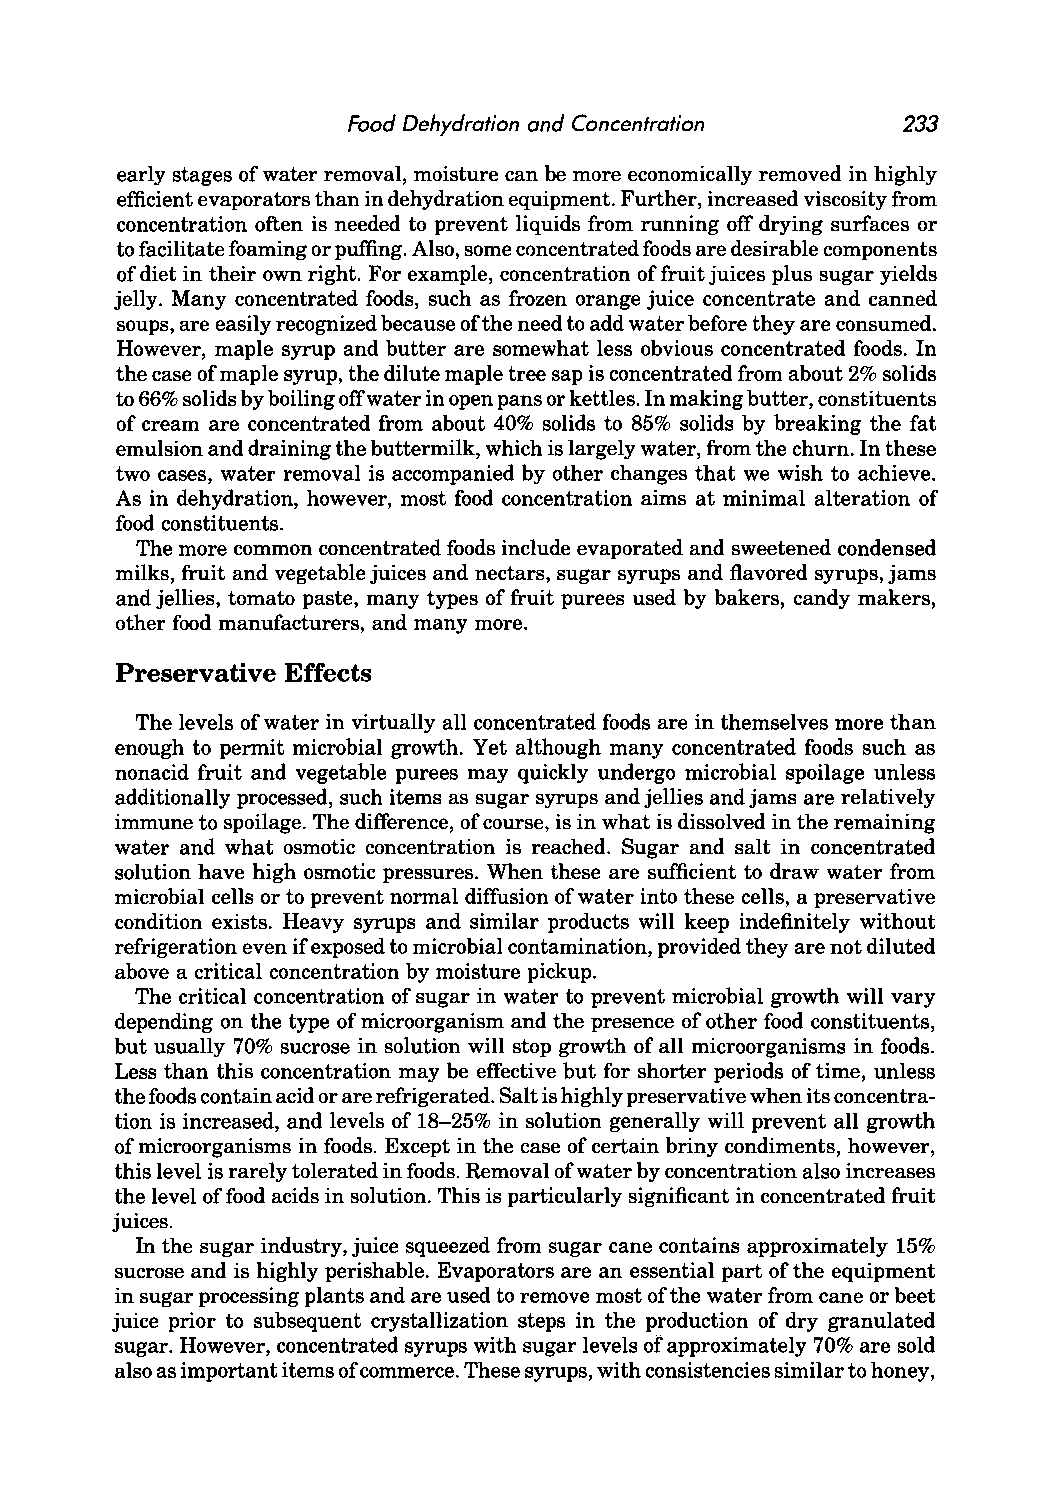
Food Dehydration and Concentration   233
 early stages of water removal, moisture can be more economically removed in highly
 efficient evaporators than in dehydration equipment. Further, increased viscosity from
 concentration often is needed to prevent liquids from running off drying surfaces or
 to facilitate foaming or puffing. Also, some concentrated foods are desirable components
 of diet in their own right. For example, concentration of fruit juices plus sugar yields
 jelly. Many concentrated foods, such as frozen orange juice concentrate and canned
 soups, are easily recognized because of the need to add water before they are consumed.
 However, maple syrup and butter are somewhat less obvious concentrated foods. In
 the case of maple syrup, the dilute maple tree sap is concentrated from about 2% solids
 to 66% solids by boiling off water in open pans or kettles. In making butter, constituents
 of cream are concentrated from about 40% solids to 85% solids by breaking the fat
 emulsion and draining the buttermilk, which is largely water, from the churn. In these
 two cases, water removal is accompanied by other changes that we wish to achieve.
 As in dehydration, however, most food concentration aims at minimal alteration of
 food constituents.
 The more common concentrated foods include evaporated and sweetened condensed
 milks, fruit and vegetable juices and nectars, sugar syrups and flavored syrups, jams
 and jellies, tomato paste, many types of fruit purees used by bakers, candy makers,
 other food manufacturers, and many more.
 Preservative Effects
 The levels of water in virtually all concentrated foods are in themselves more than
 enough to permit microbial growth. Yet although many concentrated foods such as
 nonacid fruit and vegetable purees may quickly undergo microbial spoilage unless
 additionally processed, such items as sugar syrups and jellies and jams are relatively
 immune to spoilage. The difference, of course, is in what is dissolved in the remaining
 water and what osmotic concentration is reached. Sugar and salt in concentrated
 solution have high osmotic pressures. When these are sufficient to draw water from
 microbial cells or to prevent normal diffusion of water into these cells, a preservative
 condition exists. Heavy syrups and similar products will keep indefinitely without
 refrigeration even if exposed to microbial contamination, provided they are not diluted
 above a critical concentration by moisture pickup.
 The critical concentration of sugar in water to prevent microbial growth will vary
 depending on the type of microorganism and the presence of other food constituents,
 but usually 70% sucrose in solution will stop growth of all microorganisms in foods.
 Less than this concentration may be effective but for shorter periods of time, unless
 the foods contain acid or are refrigerated. Salt is highly preservative when its concentra
 tion is increased, and levels of 18-25% in solution generally will prevent all growth
 of microorganisms in foods. Except in the case of certain briny condiments, however,
 this level is rarely tolerated in foods. Removal of water by concentration also increases
 the level of food acids in solution. This is particularly significant in concentrated fruit
 juices.
 In the sugar industry, juice squeezed from sugar cane contains approximately 15%
 sucrose and is highly perishable. Evaporators are an essential part of the equipment
 in sugar processing plants and are used to remove most of the water from cane or beet
 juice prior to subsequent crystallization steps in the production of dry granulated
 sugar. However, concentrated syrups with sugar levels of approximately 70% are sold
 also as important items of commerce. These syrups, with consistencies similar to honey,